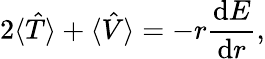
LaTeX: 2\langle\hat{T}\rangle+\langle\hat{V}\rangle=-r\frac{\mathrm{d}E}{\mathrm{d}r},